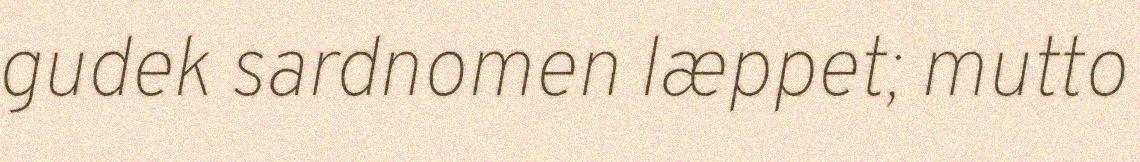
gudek sardnomen læppet; mutto